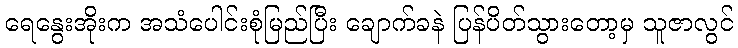
ရေနွေးအိုးက အသံပေါင်းစုံမြည်ပြီး ချောက်ခနဲ ပြန်ပိတ်သွားတော့မှ သူဇာလွင်